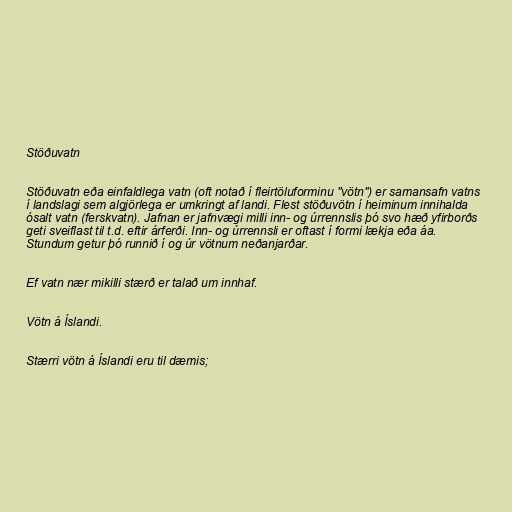
Stöðuvatn

Stöðuvatn eða einfaldlega vatn (oft notað í fleirtöluforminu "vötn") er samansafn vatns
í landslagi sem algjörlega er umkringt af landi. Flest stöðuvötn í heiminum innihalda
ósalt vatn (ferskvatn). Jafnan er jafnvægi milli inn- og úrrennslis þó svo hæð yfirborðs
geti sveiflast til t.d. eftir árferði. Inn- og úrrennsli er oftast í formi lækja eða áa.
Stundum getur þó runnið í og úr vötnum neðanjarðar.

Ef vatn nær mikilli stærð er talað um innhaf.

Vötn á Íslandi.

Stærri vötn á Íslandi eru til dæmis;